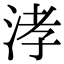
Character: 涍